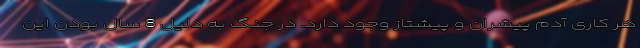
هر کاری آدم پیشران و پیشتاز وجود دارد. در جنگ به دلیل 8 سال بودن این